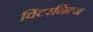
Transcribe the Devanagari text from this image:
विंटरनित्ज